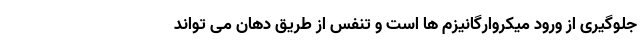
جلوگیری از ورود میکروارگانیزم ها است و تنفس از طریق دهان می تواند